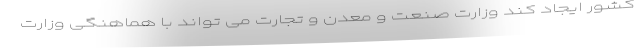
کشور ایجاد کند وزارت صنعت و معدن و تجارت می تواند با هماهنگی وزارت